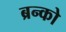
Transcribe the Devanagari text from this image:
ब्रन्को